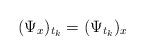
LaTeX: \begin{align*} (\Psi_x)_{t_k}=(\Psi_{t_k})_x\end{align*}